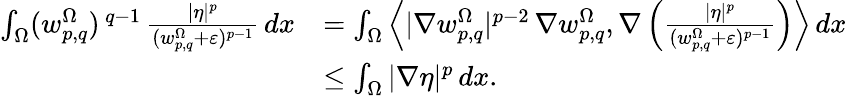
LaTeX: \begin{array}{rl}{\int_{\Omega}(w_{p,q}^{\Omega})^{\, q-1}\, \frac{|\eta|^{p}}{(w_{p,q}^{\Omega}+\varepsilon)^{p-1}}\, dx}&{=\int_{\Omega}\left\langle|\nabla w_{p,q}^{\Omega}|^{p-2}\, \nabla w_{p,q}^{\Omega},\nabla\left(\frac{|\eta|^{p}}{(w_{p,q}^{\Omega}+\varepsilon)^{p-1}}\right)\right\rangle\, dx}\\ &{\le\int_{\Omega}|\nabla\eta|^{p}\, dx.}\end{array}